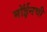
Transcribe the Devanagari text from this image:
मॉईनची